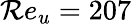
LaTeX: \mathcal{R}e_{u}=207